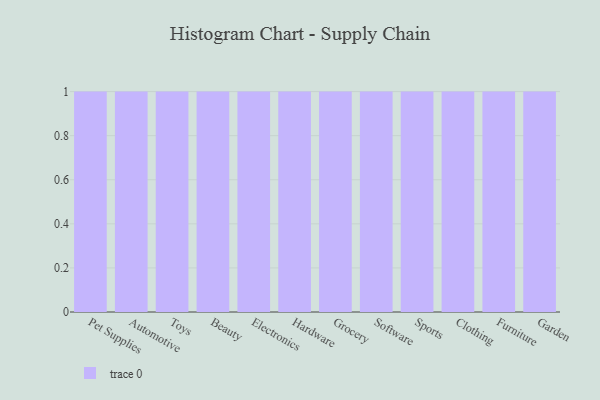
{"axis": {"x": "Category", "y": "Tickets Resolved"}, "legend": [""], "data": [{"x": "Pet Supplies", "y": 21, "type": ""}, {"x": "Automotive", "y": 64, "type": ""}, {"x": "Toys", "y": 3, "type": ""}, {"x": "Beauty", "y": 5, "type": ""}, {"x": "Electronics", "y": 79, "type": ""}, {"x": "Hardware", "y": 61, "type": ""}, {"x": "Grocery", "y": 47, "type": ""}, {"x": "Software", "y": 45, "type": ""}, {"x": "Sports", "y": 93, "type": ""}, {"x": "Clothing", "y": 59, "type": ""}, {"x": "Furniture", "y": 70, "type": ""}, {"x": "Garden", "y": 24, "type": ""}]}